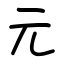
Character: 元